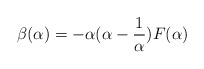
\begin{align*}\beta(\alpha) = - \alpha (\alpha - \frac{1}{\alpha}) F(\alpha)\end{align*}